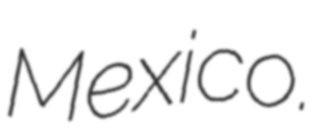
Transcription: Mexico.